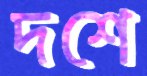
দশে